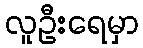
လူဦးရေမှာ